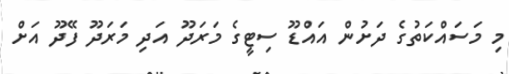
މި މަސައްކަތުގެ ދަށުން އައްޑޫ ސިޓީގެ މަރަދޫ އަދި މަރަދޫ ފޭދޫ އަށް